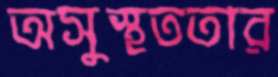
অসুস্থততার